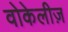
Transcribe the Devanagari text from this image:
वोकेलीज़